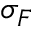
\sigma _ { F }